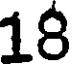
18